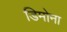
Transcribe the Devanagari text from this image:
डिमोना